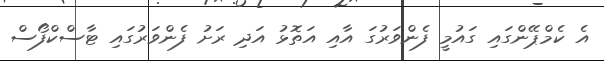
އެ ކެމްޕޭންގައި ގައުމީ ފެންވަރުގަ އާއި އަތޮޅު އަދި ރަށު ފެންވަރުގައި ޓާސްކްފޯސް